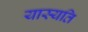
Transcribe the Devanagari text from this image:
यास्यति